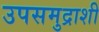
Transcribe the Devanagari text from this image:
उपसमुद्राशी